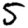
Digit: 5